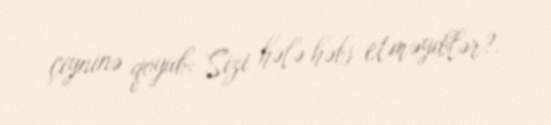
çiyninə qoyub: Sizi hələ həbs etməyiblər?.